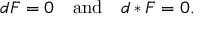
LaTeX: d F = 0 \quad { \mathrm { a n d } } \quad d * F = 0 .